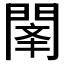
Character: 𲈫